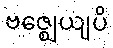
ဗဇ္ဈေယျပိ